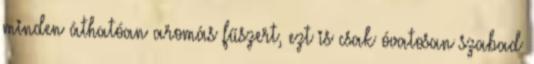
minden áthatóan aromás fűszert, ezt is csak óvatosan szabad